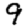
Digit: 9